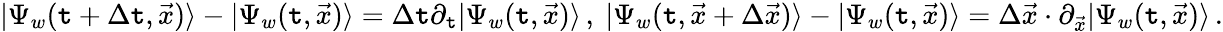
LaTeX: |\Psi_{w}(\mathtt{t}+\Delta\mathtt{t},\vec{{x}})\rangle-|\Psi_{w}(\mathtt{t},\vec{{x}})\rangle=\Delta\mathtt{t}\partial_{\mathtt{t}}|\Psi_{w}(\mathtt{t},\vec{{x}})\rangle\, ,\ |\Psi_{w}(\mathtt{t},\vec{{x}}+\Delta\vec{{x}})\rangle-|\Psi_{w}(\mathtt{t},\vec{{x}})\rangle=\Delta\vec{{x}}\cdot\partial_{\vec{{x}}}|\Psi_{w}(\mathtt{t},\vec{{x}})\rangle\, .